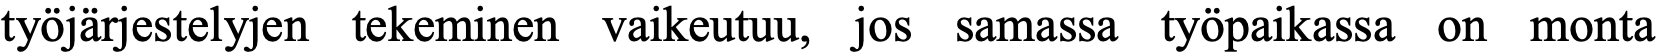
työjärjestelyjen tekeminen vaikeutuu, jos samassa työpaikassa on monta